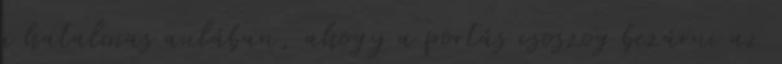
a hatalmas aulában, ahogy a portás csoszog bezárni az